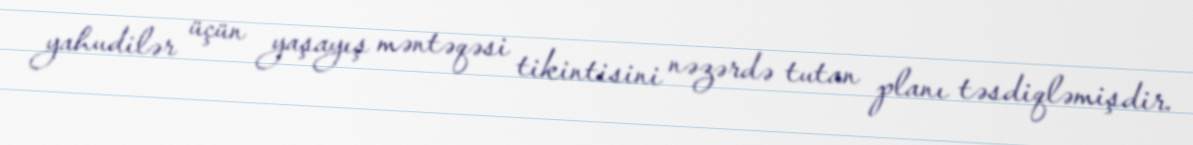
yahudilər üçün yaşayış məntəqəsi tikintisini nəzərdə tutan planı təsdiqləmişdir.